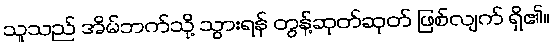
သူသည် အိမ်ဘက်သို့ သွားရန် တွန့်ဆုတ်ဆုတ် ဖြစ်လျက် ရှိ၏။